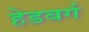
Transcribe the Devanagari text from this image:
हेडबर्ग